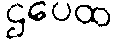
ဌပေထ